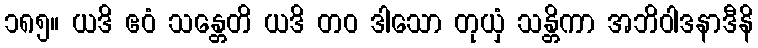
၁၈၅။ ယဒိ ဧဝံ သန္တေတိ ယဒိ တဝ ဒါသော တုယှံ သန္တိကာ အဘိဝါဒနာဒီနိ